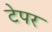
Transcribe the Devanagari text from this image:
टेपर